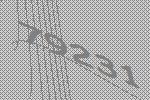
79231